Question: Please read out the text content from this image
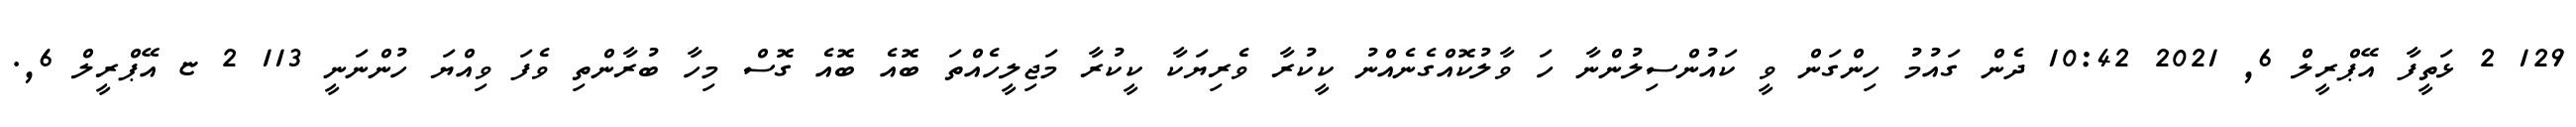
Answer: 129 2 ޅަތީފާ އޭޕްރީލް 6, 2021 10:42 ދެން ގައުމު ހިންގަން ވީ ކައުންސިލުންނާ ހަ ވާލުކޮއްގެނެއްނު ކީކުރާ ވެރިޔަކާ ކީކުރާ މަޖިލީހެއްތަ ބޮއެ ބޮއެ ގޮސް މިހާ ބުރާންތި ވެފަ ވިއްޔަ ހުންނަނީ 113 2 ޏ އޭޕްރީލް 6,.